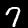
Label: 7